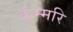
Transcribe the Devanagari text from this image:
कुम्मरि